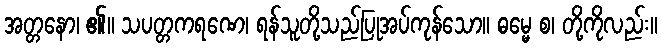
အတ္တနော၊ ၏။ သပတ္တကရဏေ၊ ရန်သူတို့သည်ပြုအပ်ကုန်သော။ ဓမ္မေ စ၊ တို့ကိုလည်း။